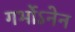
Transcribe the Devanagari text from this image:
गर्भोऽनेन